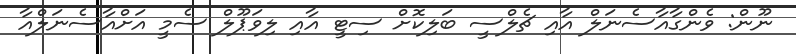
ނޫން: ވެންގާއާސެނަލް އާއި ޗެލްސީ ބަލިކޮށް ސިޓީ އާއި ލިވަޕޫލް ސެމީ އަށްއާސެނަލްއާ